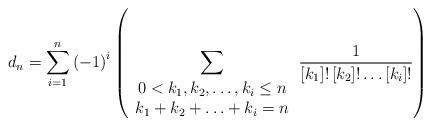
LaTeX: \begin{align*}d_n =\sum\limits_{i=1}^{n} { \left( -1 \right)^i\left(\sum\limits_{ \begin{array}{c}0 <k_1,k_2, \ldots ,k_i \leq n\\k_1+k_2+\ldots+k_i=n\end{array} }\frac {1}{ \left[k_1\right]!\left[k_2\right]!\ldots \left[k_i\right]!}\right)}\end{align*}